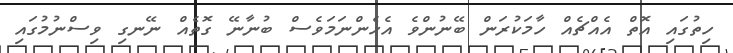
ހިތުގައި އޮތް އެއްޗެއް ހާމަކުރަން ބޭނުންވެ އެހެންނަމަވެސް ބުނާނޭ ގޮތެއް ނޭނގި ވިސްނުމުގައި